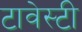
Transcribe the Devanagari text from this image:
टावेस्टी